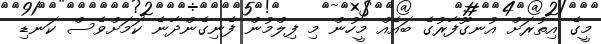
މީގެ އިތުރަށް އުނގޫފާރުގެ ބައެއް މީހުން މި ފިލްމުން ފެނިގެންދާނެ ކަމަށްވެސް ކަނޑި